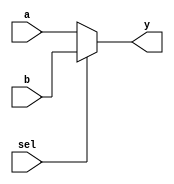
module mux(a, b, sel, y);
	input a;
	input b;
	input sel;
	output y;
	reg y;
	
	always
	begin
		if(!sel) 
			y<=a;
		else 
			y<=b;
	end
endmodule